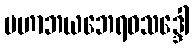
မဟာဘယဘေရဝသဒ္ဒေါ